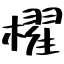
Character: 櫂